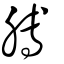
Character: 膊